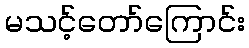
မသင့်တော်ကြောင်း